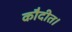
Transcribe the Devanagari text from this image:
कौदीत।